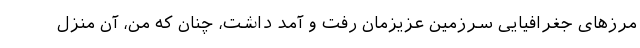
مرزهای جغرافیایی سرزمین عزیزمان رفت و آمد داشت، چنان که من، آن منزل